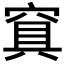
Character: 𰩑